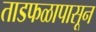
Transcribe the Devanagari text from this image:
ताडफळापासून